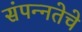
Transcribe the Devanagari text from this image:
संपन्‍नतेचे